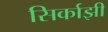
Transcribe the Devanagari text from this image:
सिर्काझी